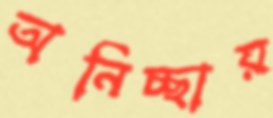
অনিচ্ছায়